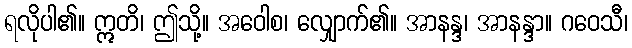
ရလိုပါ၏။ ဣတိ၊ ဤသို့။ အဝေါစ၊ လျှောက်၏။ အာနန္ဒ၊ အာနန္ဒာ။ ဂဝေသီ၊